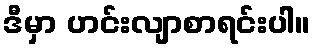
ဒီမှာ ဟင်းလျာစာရင်းပါ။